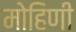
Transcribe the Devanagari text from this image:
मोहिणी